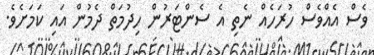
ވެސް އެއްވެސް ހުރަހެއް ނެތި އެ ސެންޓަރުން ހިދުމަތް ދެމުން އައި ކަމަށެވެ.